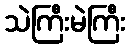
သဲကြီးမဲကြီး